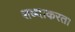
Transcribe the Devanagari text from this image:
शब्दाकरता